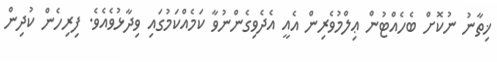
ޚިތާނު ނުކޮށް ބެހެއްޓުން ޢިލްމުވެރިން އެއީ އެދެވިގެންނުވާ ކަމެއްކަމުގައި ވިދާޅުވެއެވެ. ފިރިހެން ކުދިން